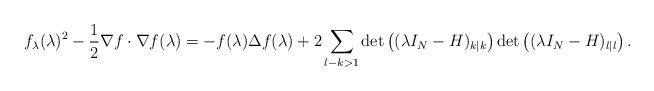
LaTeX: \begin{align*}f_{\lambda}(\lambda)^2-\dfrac{1}{2}\nabla f \cdot \nabla f(\lambda)=-f(\lambda)\Delta f(\lambda)+2\sum_{\l-k>1}\det\left((\lambda I_N-H)_{k|k}\right)\det\left((\lambda I_N-H)_{\l|\l}\right).\end{align*}